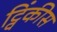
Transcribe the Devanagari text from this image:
ट्विंकीस